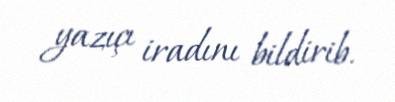
yazıçı iradını bildirib.